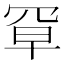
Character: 𫅃